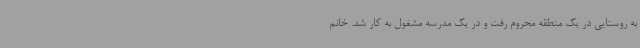
به روستایی در یک منطقه محروم رفت و در یک مدرسه مشغول به کار شد. خانم